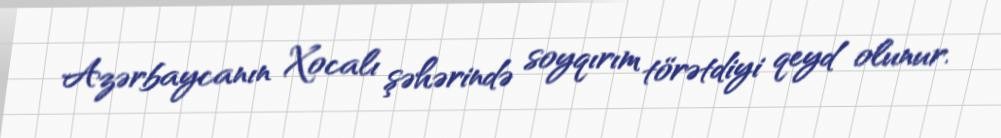
Azərbaycanın Xocalı şəhərində soyqırım törətdiyi qeyd olunur.